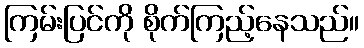
ကြမ်းပြင်ကို စိုက်ကြည့်နေသည်။